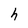
Character: h